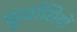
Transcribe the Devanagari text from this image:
पूर्व्वासियों